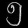
Digit: ၅